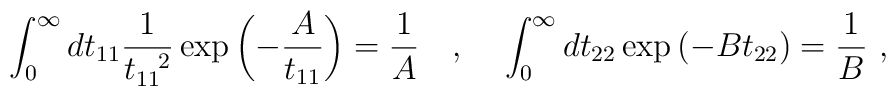
\int_0^{\infty} dt_{11} \frac{1}{t_{11}^{~~2}} \exp  \left( - \frac{A}{t_{11}} \right) = \frac{1}{A} ~~~ , ~~~ \int_0^{\infty} dt_{22}   \exp \left( - B t_{22} \right) = \frac{1}{B}  ~ ,